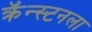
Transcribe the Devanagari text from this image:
क्रॅन्स्टनला